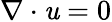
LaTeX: \nabla\cdot\mathit{u}=0